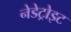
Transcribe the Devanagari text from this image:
नेडेट्रोइट